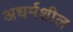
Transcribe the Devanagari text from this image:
अधर्मशील